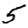
Digit: 5